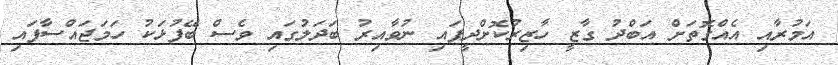
އަމުރާއި އެއްގޮތަށް އަބްދު ގާޒީ ހާޒިރުކޮށްދީފައި ނުވާއިރު ބަދަލުގައި ވެސް ބޭފުޅަކު ހަމަޖައްސާފައި